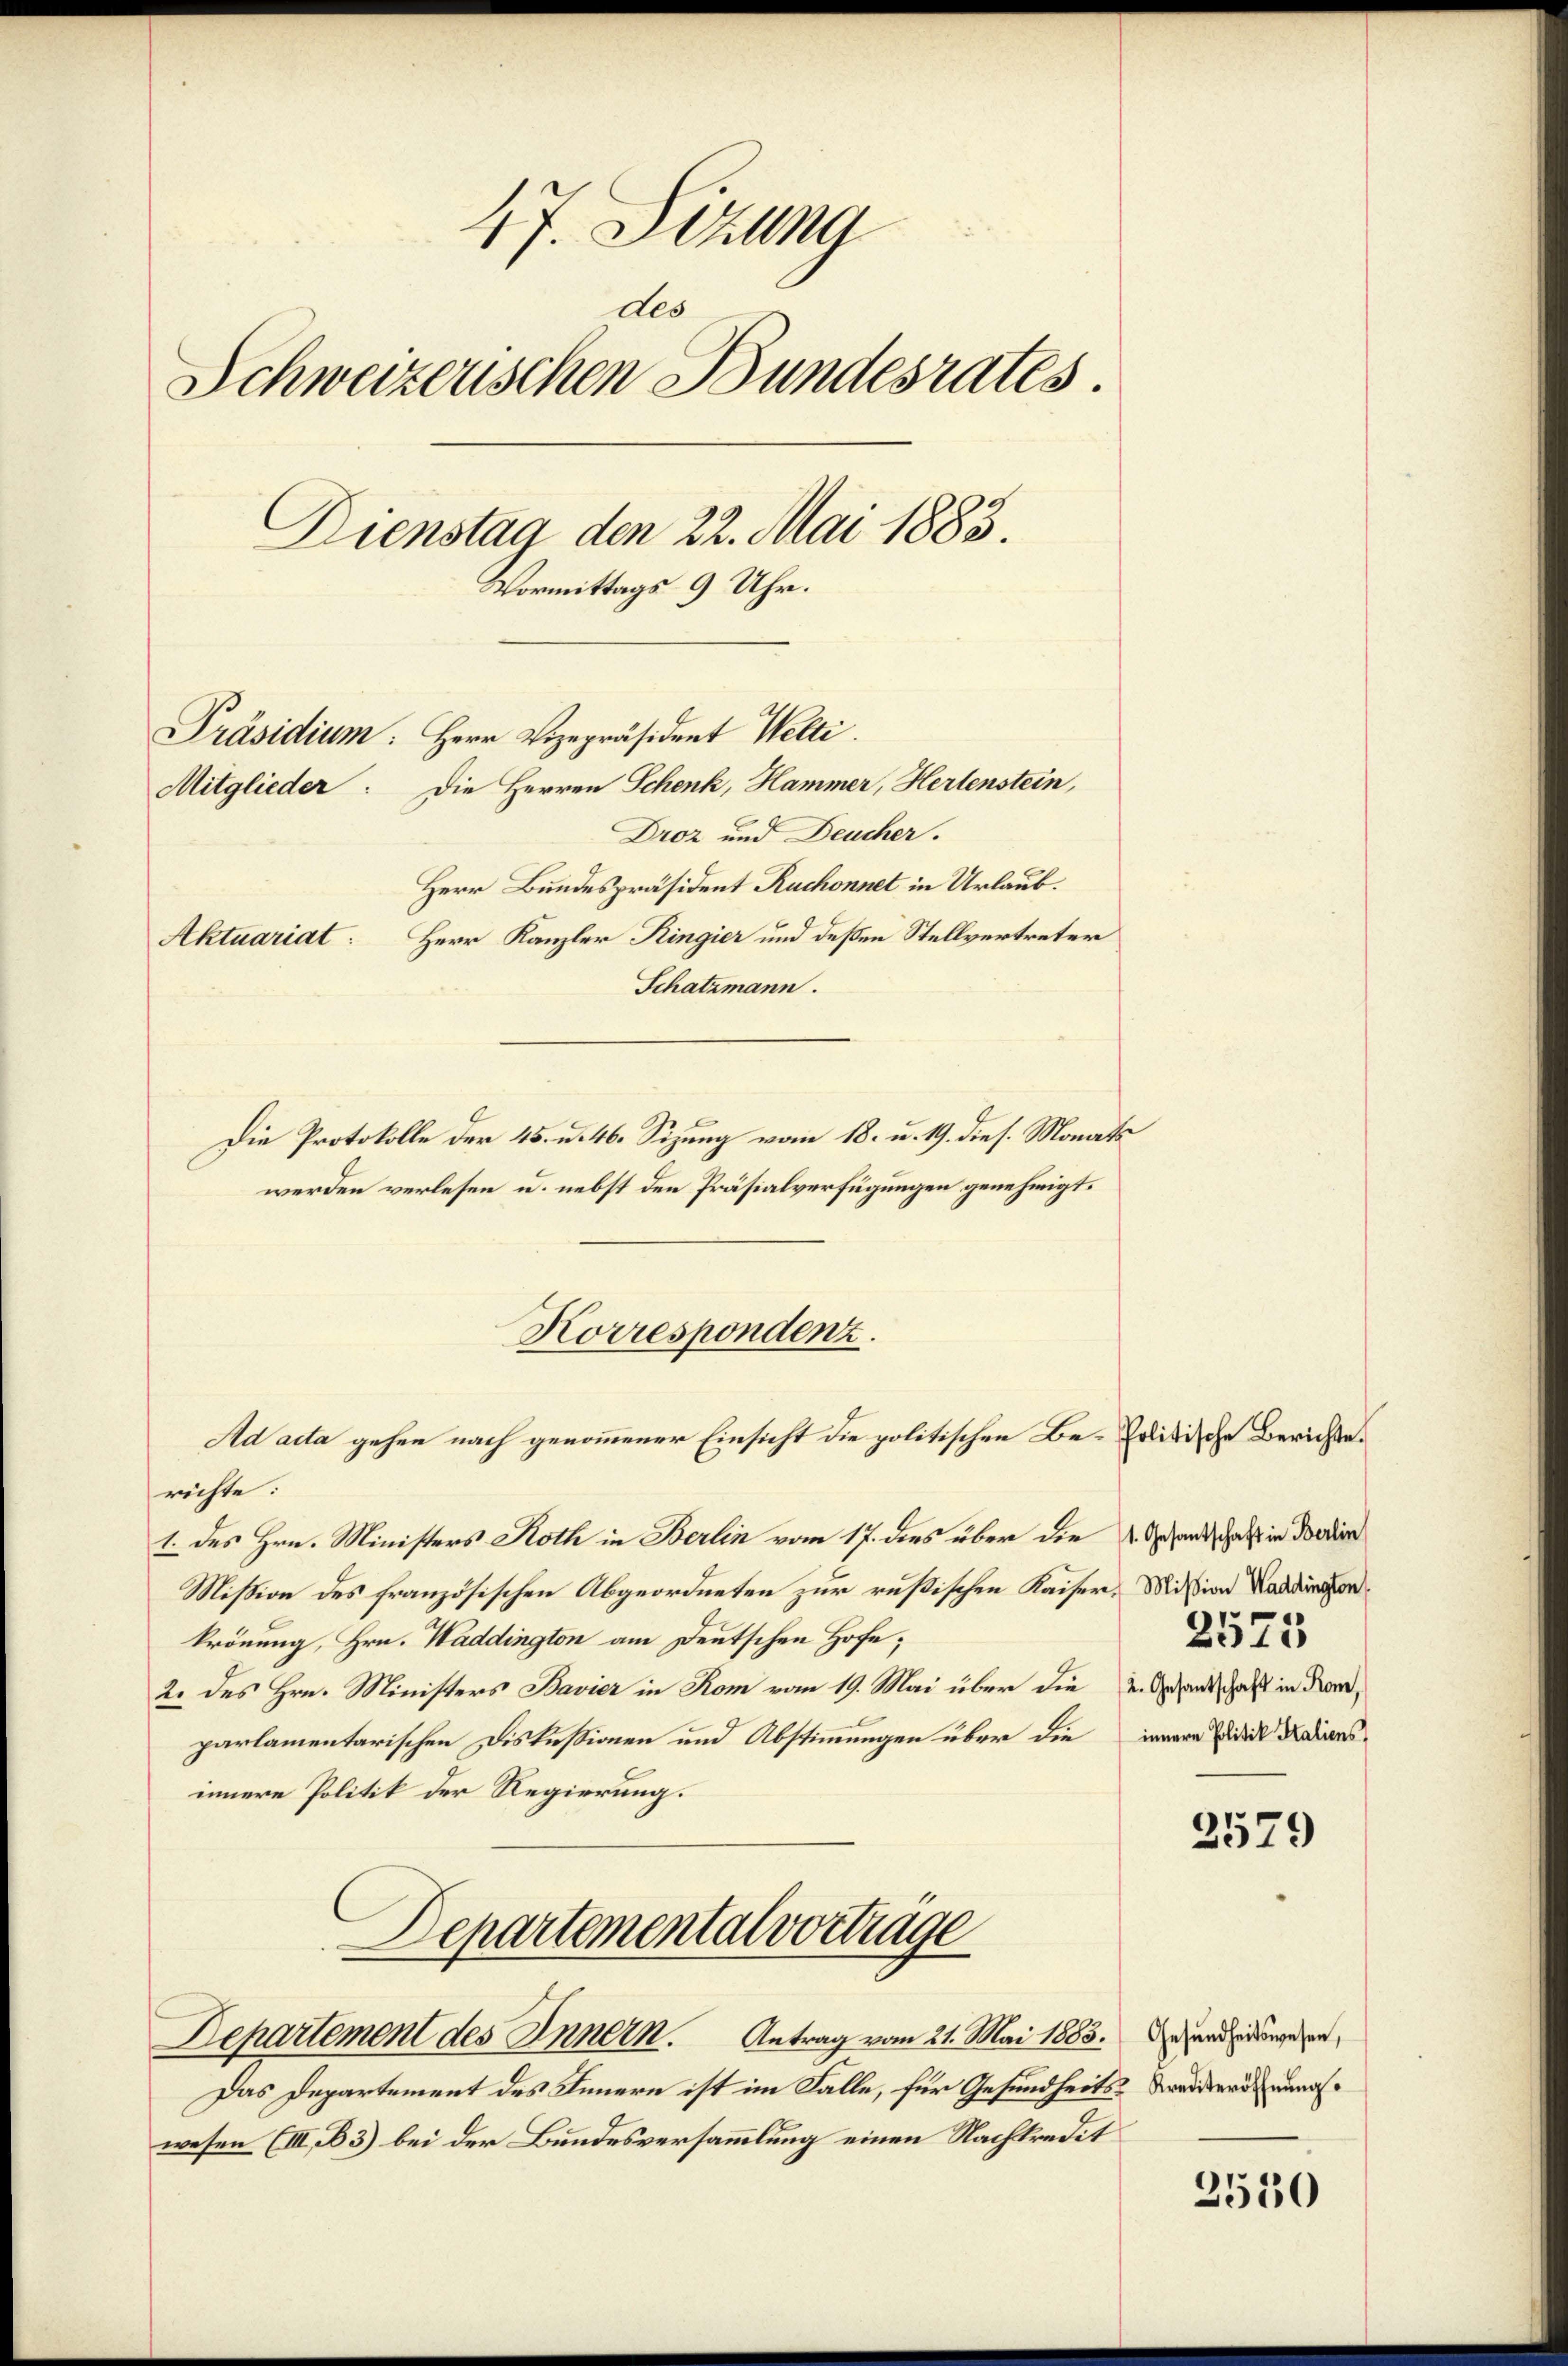
47. Sizung
des
Schweizerischen Bundesrates.
Dienstag den 22. Mai 1883.
Vormittags 9 Uhr.
Präsidium. Herr Vizepräsident Welti.
Mitglieder: Die Herren Schenk, Hammer, Hertenstein,
Droz und Deucher.
Herr Bundespräsident Ruchonnet in Urlaub.
Aktuariat: Herr Kanzler Ringier und deßen Stellvertreter
Schatzmann.

Die Protokolle der 45. u. 46. Sizung vom 18. u. 19. dies. Monats
werden verlesen u. nebst den Präsialverfügungen genehmigt.
Ad acta gehen nach genommener Einsicht die politischen Be- Politische Berichterichte:
1. des Hrn. Ministers Roth in Berlin vom 17. dies über die 2. Gesandschaft in Forder
Mißion des französischen Abgeordneten zur rußischen Kaiser, Mission Naddiren
krönung, Hrn. Waddington am Deutschen Hofe;
2. des Hrn. Ministers Bavier in Rom vom 19. Mai über die u. Gesandtschaft in die
parlamentarischen Diskußionen und Abstimmungen über die innern Fidel datiersinnere Politik der Regierung.
Departemental vorträge
Departement des Innern. Antrag vom 21. Mai 1883. Dezenderungenen,
Das Departement des Innern ist im Falle, für Gesundheits-Weiders unmaswesen (III. B. 3) bei der Bundesversammlung einen Nachkredit

Korrespondenz.

2575

3579

2530